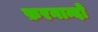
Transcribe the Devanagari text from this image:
फ़रनान्दो